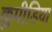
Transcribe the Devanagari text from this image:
क्लमीडिया